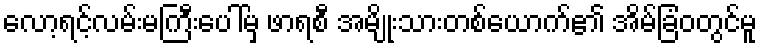
လော့ရင့်လမ်းမကြီးပေါ်မှ ဖာရစီ အမျိုးသားတစ်ယောက်၏ အိမ်ခြံဝတွင်မူ